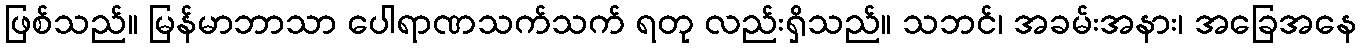
ဖြစ်သည်။ မြန်မာဘာသာ ပေါရာဏသက်သက် ရတု လည်းရှိသည်။ သဘင်၊ အခမ်းအနား၊ အခြေအနေ